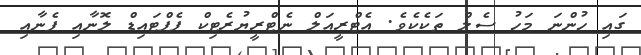
ގައި ހުންނަ މަހު ސެލް ތަކެކެވެ. އެޓްރީއަލް ނެޓްރީޔުރެޓިކް ޕެޕްޓައިޑް ލޮނާއި ފެނާއި